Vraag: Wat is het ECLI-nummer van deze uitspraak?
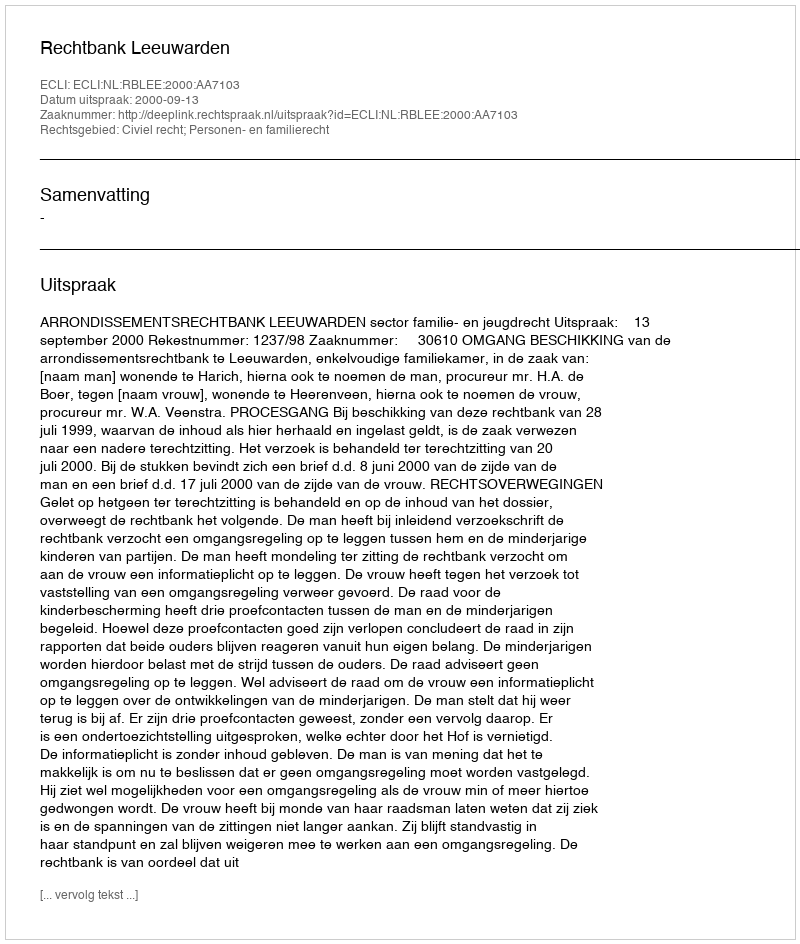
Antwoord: ECLI:NL:RBLEE:2000:AA7103